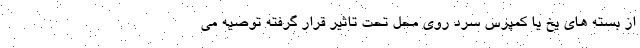
از بسته های یخ یا کمپرس سرد روی محل تحت تاثیر قرار گرفته توصیه می